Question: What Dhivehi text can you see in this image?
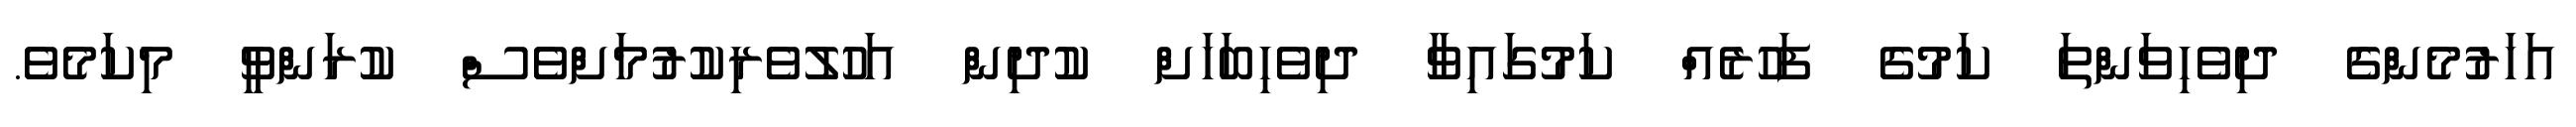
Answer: އަހަރުމެންގެ ދިވެހިވަންތަ ކަމުގެ ފަހުރެއް ކަމުގައިވާ ދިވެހިބަހަށް ކުދިން އަހުލުވެރިކުރުމަށްވެސް ކުރަންވީ މިކަމެވެ.